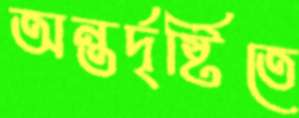
অন্তর্দৃষ্টিতে